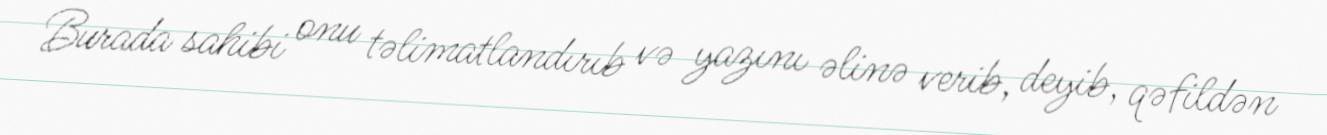
Burada sahibi onu təlimatlandırıb və yazını əlinə verib, deyib, qəfildən